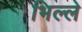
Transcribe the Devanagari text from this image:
भिल्ले